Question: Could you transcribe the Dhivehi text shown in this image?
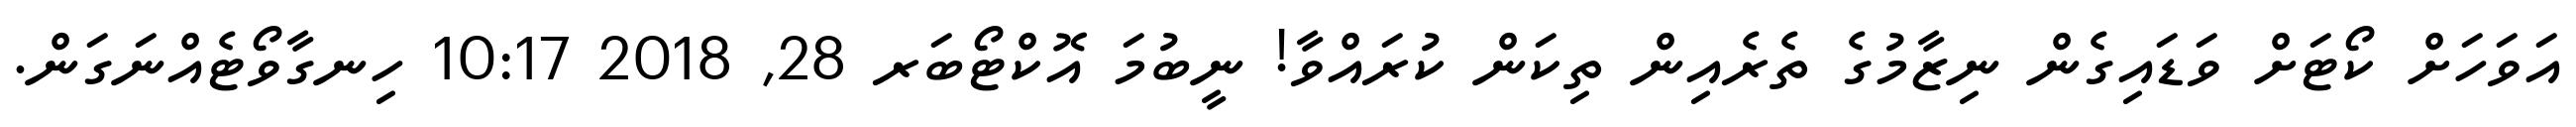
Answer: އަވަހަށް ކޯޓަށް ވަޑައިގެން ނިޒާމުގެ ތެރެއިން ތިކަން ކުރައްވާ! ނީބުމަ އޮކްޓޯބަރ 28, 2018 10:17 ހިނގާވޯޓެއްނަގަން.